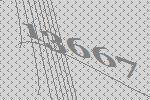
13667